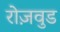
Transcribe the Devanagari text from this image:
रोज़वुड